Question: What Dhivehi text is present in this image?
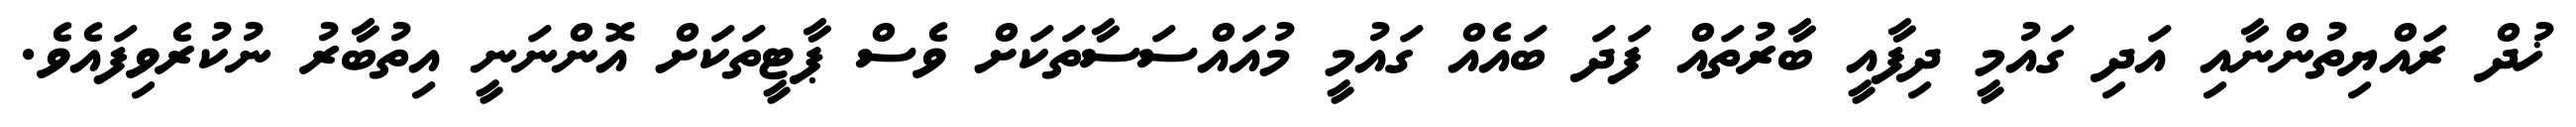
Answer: ޚުދް ރައްޔިތުންނާއި އަދި ގައުމީ ދިފާއީ ބާރުތައް ފަދަ ބައެއް ގައުމީ މުއައްސަސާތަކަށް ވެސް ޕާޓީތަކަށް އޮންނަނީ އިތުބާރު ނުކުރެވިފައެވެ.